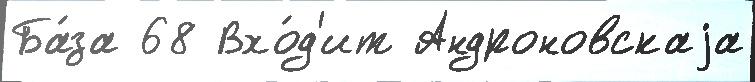
Ба́за 68 Вхо́д'ит Андроновскаjа